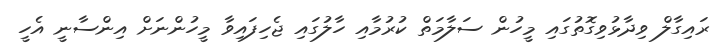
ރައިގާލް ވިދާޅުވިގޮތުގައި މީހުން ސަލާމަތް ކުރުމާއި ހާލުގައި ޖެހިފައިވާ މީހުންނަށް އިންސާނީ އެހީ